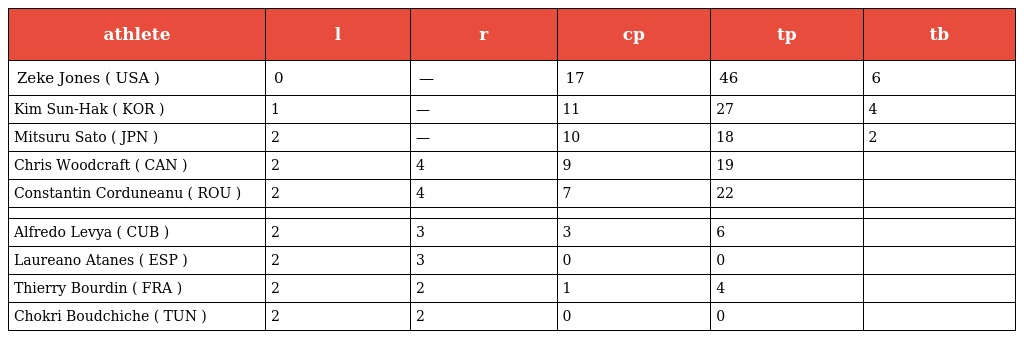
| athlete | l | r | cp | tp | tb |
 | --- | --- | --- | --- | --- | --- |
 | Zeke Jones ( USA ) | 0 | — | 17 | 46 | 6 |
 | Kim Sun-Hak ( KOR ) | 1 | — | 11 | 27 | 4 |
 | Mitsuru Sato ( JPN ) | 2 | — | 10 | 18 | 2 |
 | Chris Woodcraft ( CAN ) | 2 | 4 | 9 | 19 |  |
 | Constantin Corduneanu ( ROU ) | 2 | 4 | 7 | 22 |  |
 |  |  |  |  |  |  |
 | Alfredo Levya ( CUB ) | 2 | 3 | 3 | 6 |  |
 | Laureano Atanes ( ESP ) | 2 | 3 | 0 | 0 |  |
 | Thierry Bourdin ( FRA ) | 2 | 2 | 1 | 4 |  |
 | Chokri Boudchiche ( TUN ) | 2 | 2 | 0 | 0 |  |